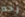
رحم